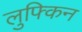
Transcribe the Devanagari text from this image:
लुफ्किन